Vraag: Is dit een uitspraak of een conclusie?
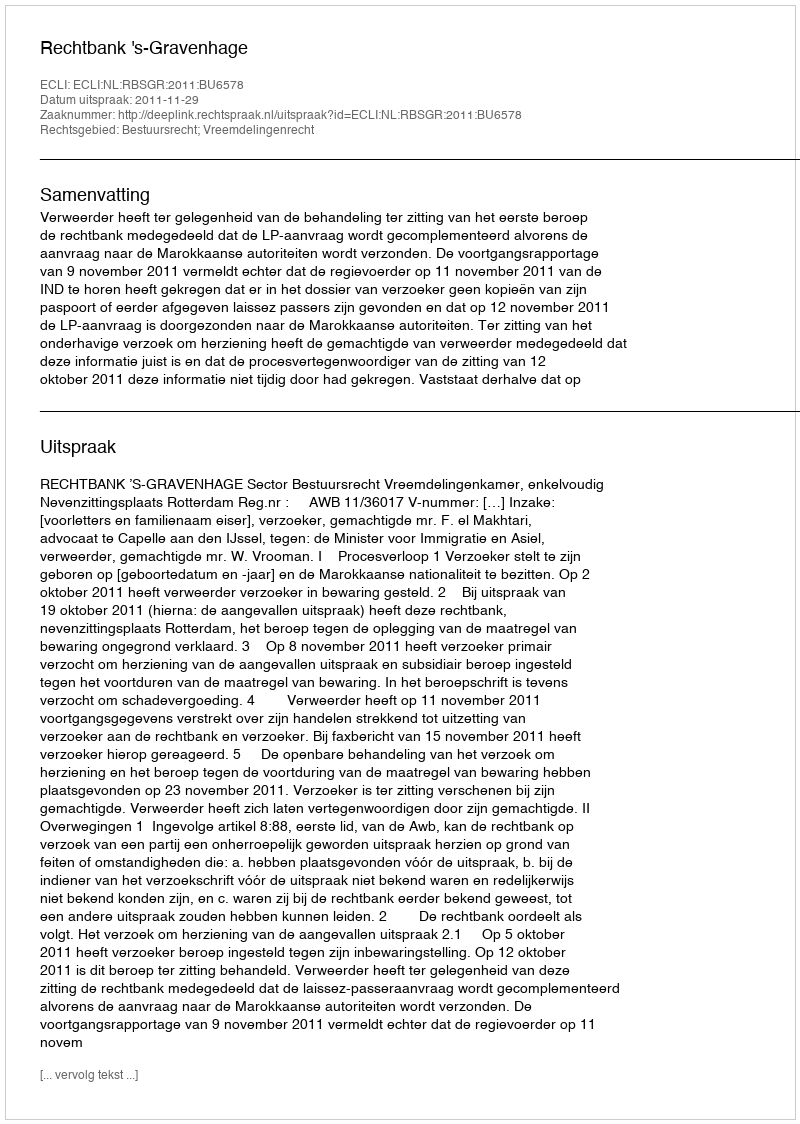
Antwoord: Uitspraak